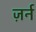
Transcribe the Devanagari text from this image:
ज़र्न